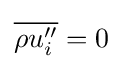
{\overline {\rho u_{i}''}}=0